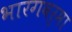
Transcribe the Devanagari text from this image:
भारगवर्मा